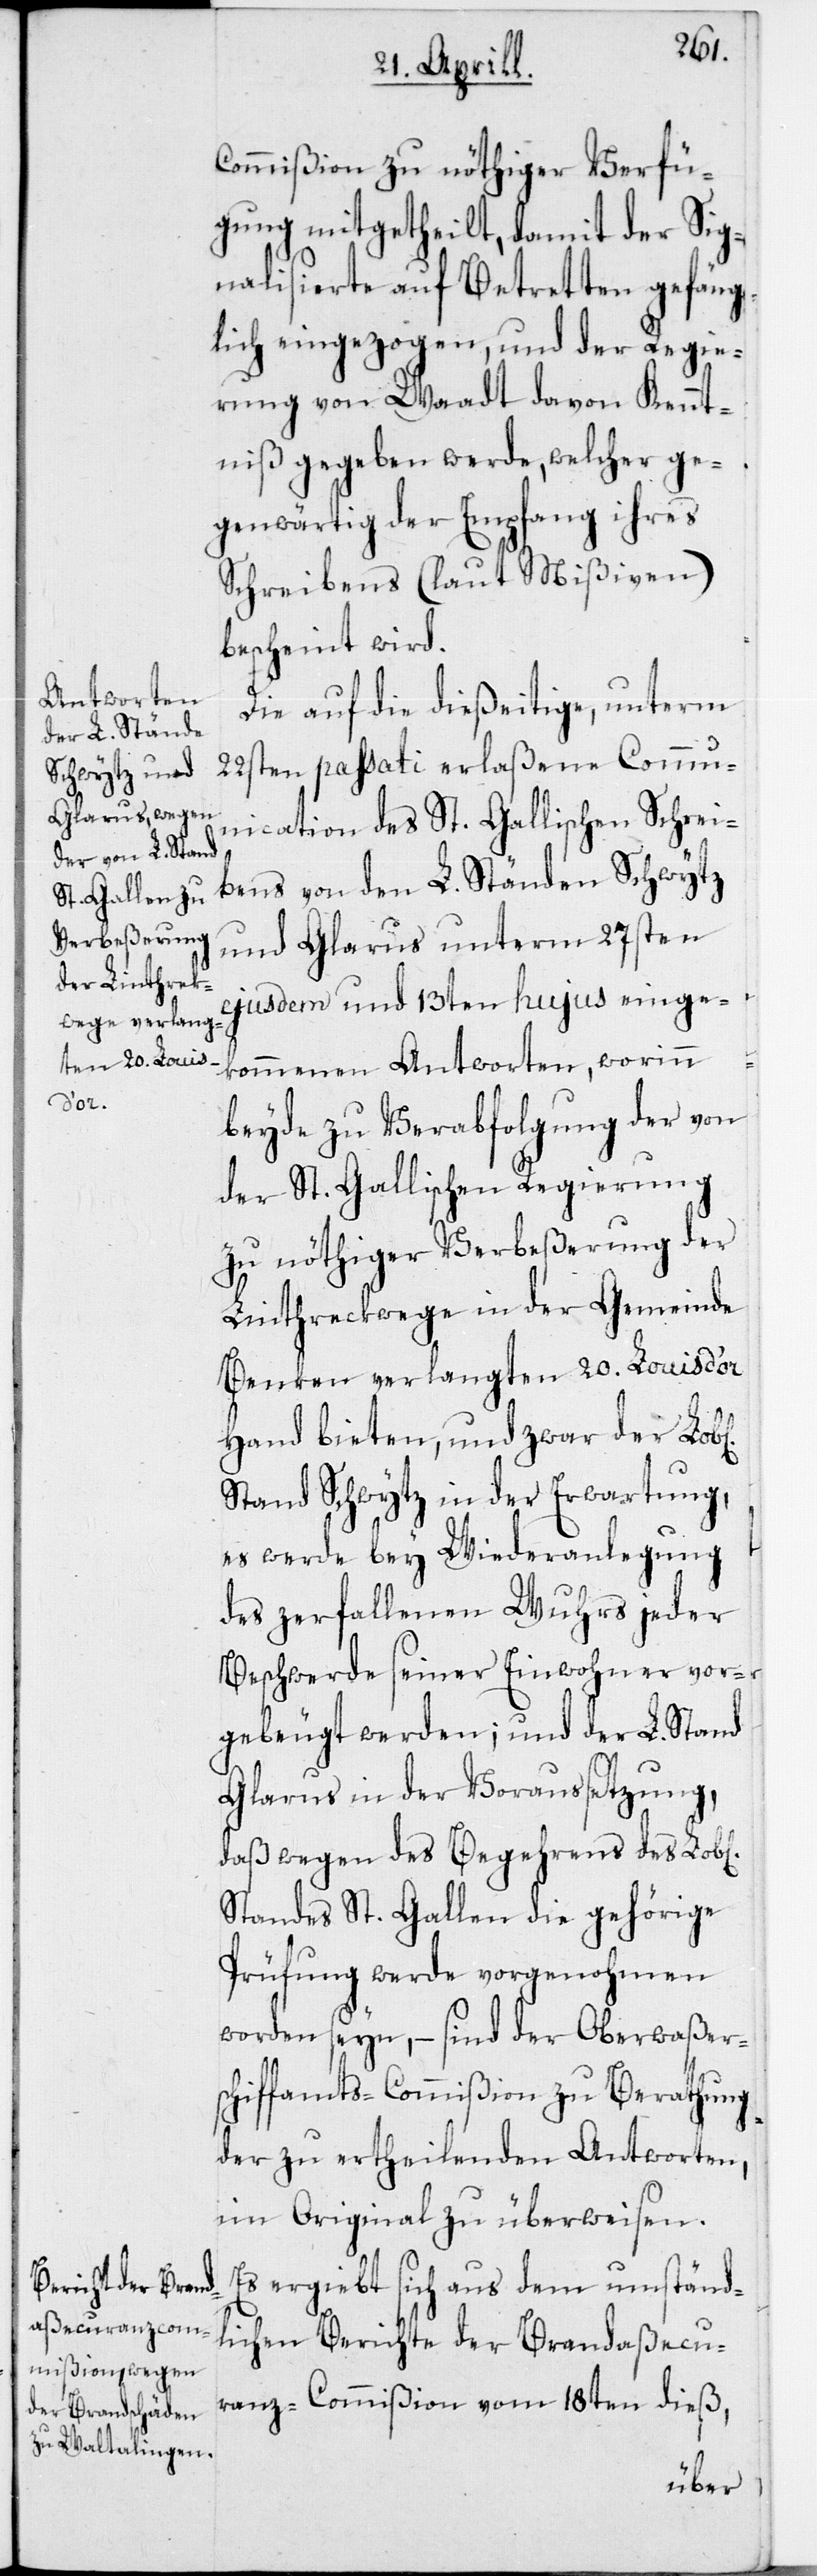
chen]

Commißion zu nöthiger Verfü¬
gung mitgetheilt, damit der Sig¬
nalisierte auf Betretten gefäng¬
lich eingezogen und der Regie¬
rung von Waadt davon Kennt¬
niß gegeben werde, welcher ge¬
genwärtig der Empfang ihres
Schreibens (laut Mißiven)
bescheint wird.
Die auf die dießeitige, unterm
22sten passati erlaßene Comm¬
unication des St. Gallischen Schrei¬
bens von den L. Ständen Schwytz
und Glarus unterm 27sten
ejusdem und 13ten hujus einge¬
kommenen Antworten, worinn
beyde zu Verabfolgung der von
der St. Gallischen Regierung
zu nöthiger Verbeßerung der
Linthreckwege in der Gemeinde
Benken verlangten 20. Louis d’or
Hand bieten, und zwar der
Stand Schwytz in der Erwartung,
es werde bey Wiederanlegung
des zerfallenden Wuhrs jeder
Beschwerde seiner Einwohner vor¬
gebeugt werden; und der L. Stand
Glarus in der Voraussetzung,
daßwegen des Begehrens des Lob[li¬
Standes St. Gallen die gehörige
Prüfung werde vorgenohmen
worden seyn, – sind der Oberwaßer¬
schiffamts-Commißion zu Berathung
der zu ertheilenden Antworten,
im Original zu überweisen.
Es ergiebt sich aus dem umständ¬
lichen Berichte der Brandaßecu¬
ranz-Commißion vom 18ten dieß,